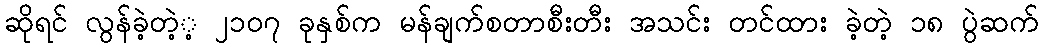
ဆိုရင် လွန်ခဲ့တဲ့့ ၂၁၀၇ ခုနှစ်က မန်ချက်စတာစီးတီး အသင်း တင်ထား ခဲ့တဲ့ ၁၈ ပွဲဆက်